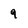
Character: 9